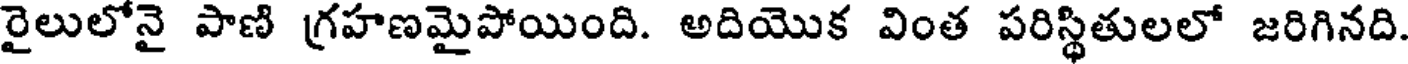
రైలులోనై పాణి గ్రహణమైపోయింది. అదియొక వింత పరిస్థితులలో జరిగినది.